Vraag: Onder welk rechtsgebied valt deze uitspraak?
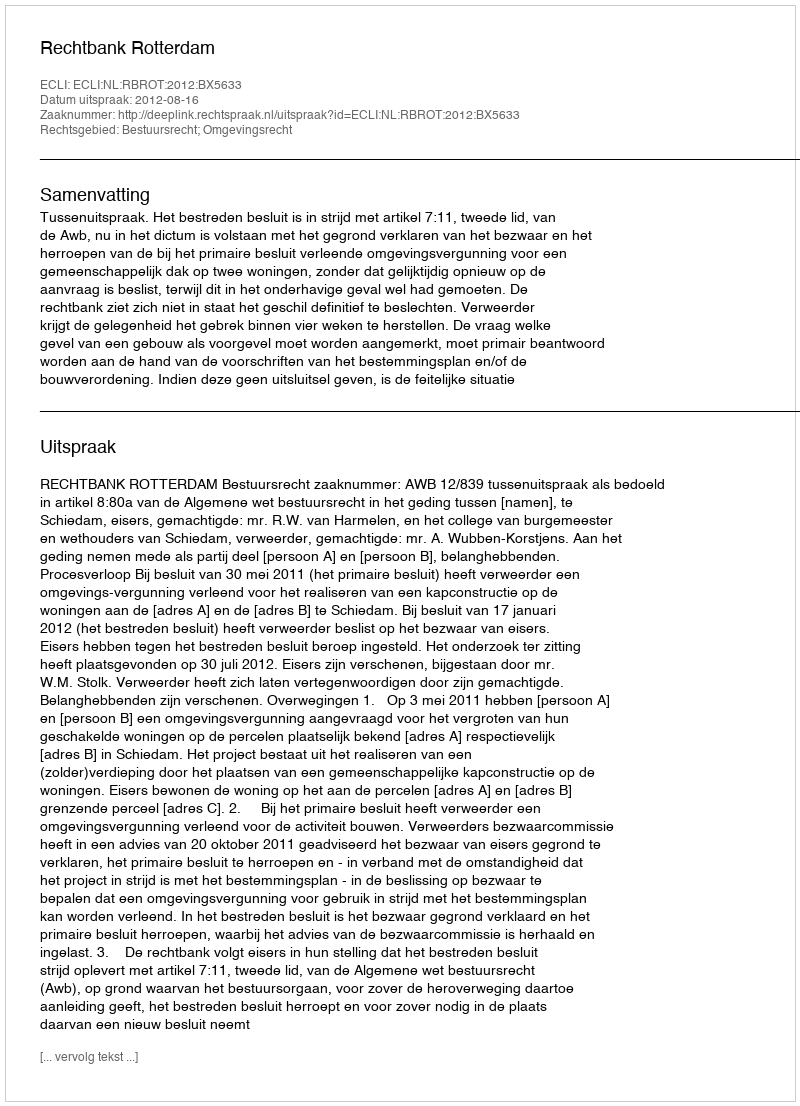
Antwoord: Bestuursrecht; Omgevingsrecht